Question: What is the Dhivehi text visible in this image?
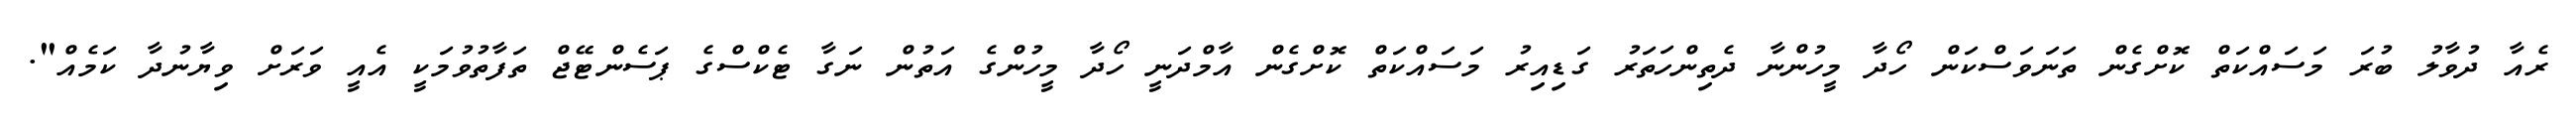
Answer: ރެއާ ދުވާލު ބުރަ މަސައްކަތް ކޮށްގެން ތަނަވަސްކަން ހޯދާ މީހުންނާ ދެތިންހަތަރު ގަޑިއިރު މަސައްކަތް ކޮށްގެން އާމްދަނީ ހޯދާ މީހުންގެ އަތުން ނަގާ ޓެކްސްގެ ޕަސެންޓޭޖް ތަފާތުވުމަކީ އެއީ ވަރަށް ވިޔާނުދާ ކަމެއް".